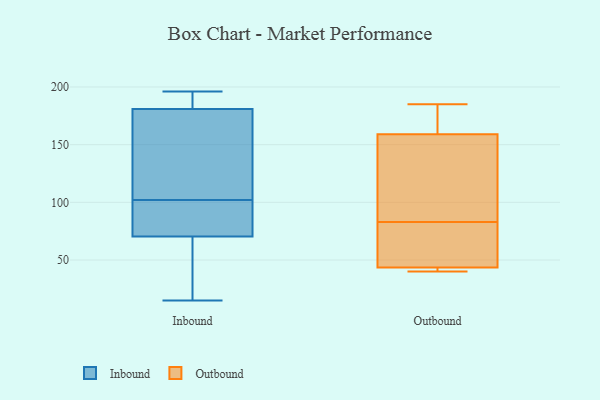
{"axis": {"x": "Bounce Rate (%)", "y": "Value"}, "legend": ["Inbound", "Outbound"], "data": [{"x": "", "y": 139, "type": "Inbound"}, {"x": "", "y": 189, "type": "Inbound"}, {"x": "", "y": 195, "type": "Inbound"}, {"x": "", "y": 55, "type": "Inbound"}, {"x": "", "y": 65, "type": "Inbound"}, {"x": "", "y": 86, "type": "Inbound"}, {"x": "", "y": 37, "type": "Inbound"}, {"x": "", "y": 76, "type": "Inbound"}, {"x": "", "y": 37, "type": "Inbound"}, {"x": "", "y": 183, "type": "Inbound"}, {"x": "", "y": 118, "type": "Inbound"}, {"x": "", "y": 136, "type": "Inbound"}, {"x": "", "y": 84, "type": "Inbound"}, {"x": "", "y": 148, "type": "Inbound"}, {"x": "", "y": 183, "type": "Inbound"}, {"x": "", "y": 196, "type": "Inbound"}, {"x": "", "y": 179, "type": "Inbound"}, {"x": "", "y": 15, "type": "Inbound"}, {"x": "", "y": 76, "type": "Inbound"}, {"x": "", "y": 86, "type": "Inbound"}, {"x": "", "y": 42, "type": "Outbound"}, {"x": "", "y": 40, "type": "Outbound"}, {"x": "", "y": 114, "type": "Outbound"}, {"x": "", "y": 76, "type": "Outbound"}, {"x": "", "y": 83, "type": "Outbound"}, {"x": "", "y": 185, "type": "Outbound"}, {"x": "", "y": 153, "type": "Outbound"}, {"x": "", "y": 177, "type": "Outbound"}, {"x": "", "y": 44, "type": "Outbound"}, {"x": "", "y": 104, "type": "Outbound"}, {"x": "", "y": 45, "type": "Outbound"}, {"x": "", "y": 41, "type": "Outbound"}, {"x": "", "y": 183, "type": "Outbound"}]}